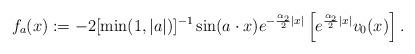
LaTeX: \begin{align*}f_a (x) := -2[\min (1, |a|)]^{-1}\sin (a\cdot x) e^{- \frac{\alpha_2}2 |x|}\left[e^{\frac{\alpha_2}2 |x|} v_0 (x)\right] . \end{align*}